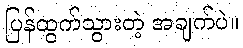
ပြန်ထွက်သွားတဲ့ အချက်ပဲ။